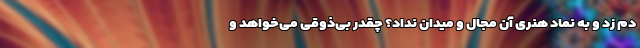
دم زد و به نماد هنری آن مجال و میدان نداد؟ چقدر بی‌ذوقی می‌خواهد و